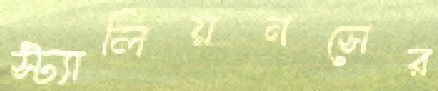
স্ট্যালিয়নসের